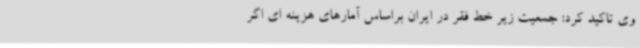
وی تاکید کرد: جمعیت زیر خط فقر در ایران براساس آمارهای هزینه ای اگر